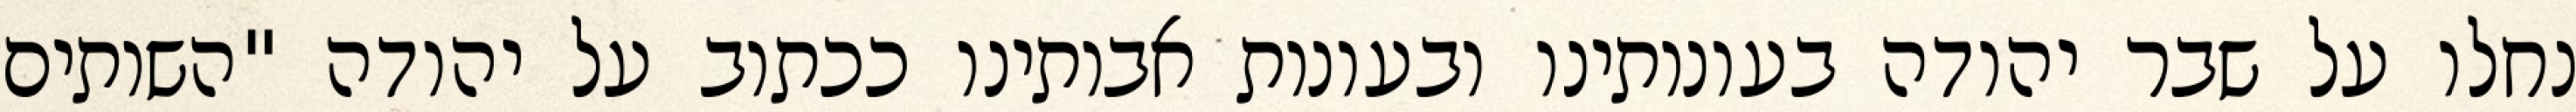
נחלו על שבר יהודה בעונותינו ובעונות אבותינו ככתוב על יהודה "השותים